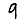
Digit: 9